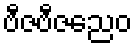
ဗီဇဗီဇညေဝ